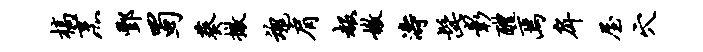
槁烹酆蜀葵撤魂肩赧嫩涛髭彰醴焉戽屋穴